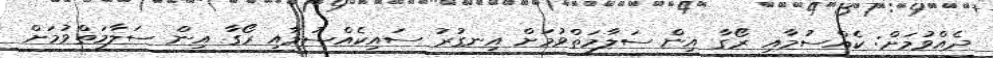
ދެއްވުމަށް: ކެއްސުމާއި ރޯގާ އިން ސަލާމަތްވުމަށް އިނގުރު ސައިކެއްސުމާއި ރޯގާ އިން ސަލާމަތްވުމަށް